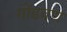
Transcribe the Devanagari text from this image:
गोंडवण